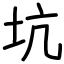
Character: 坑